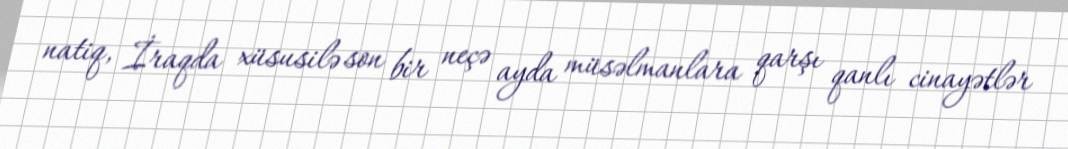
natiq, İraqda xüsusilə son bir neçə ayda müsəlmanlara qarşı qanlı cinayətlər